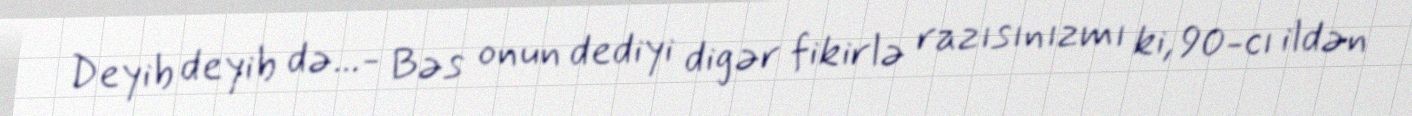
Deyib deyib də...- Bəs onun dediyi digər fikirlə razısınızmı ki, 90-cı ildən